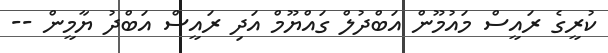
ކުރީގެ ރައީސް މައުމޫން އަބްދުލް ގައްޔޫމް އަދި ރައީސް އަބްދު ޔާމީން --